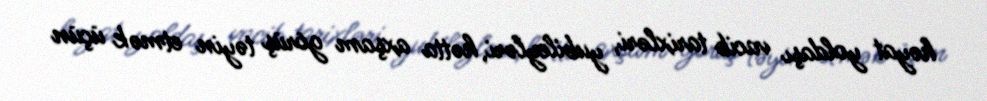
həyat yoldaşı vacib tarixləri, yubileyləri, hətta axşam görüş təyin etmək üçün